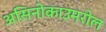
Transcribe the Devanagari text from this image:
असिनोकाउमरोल